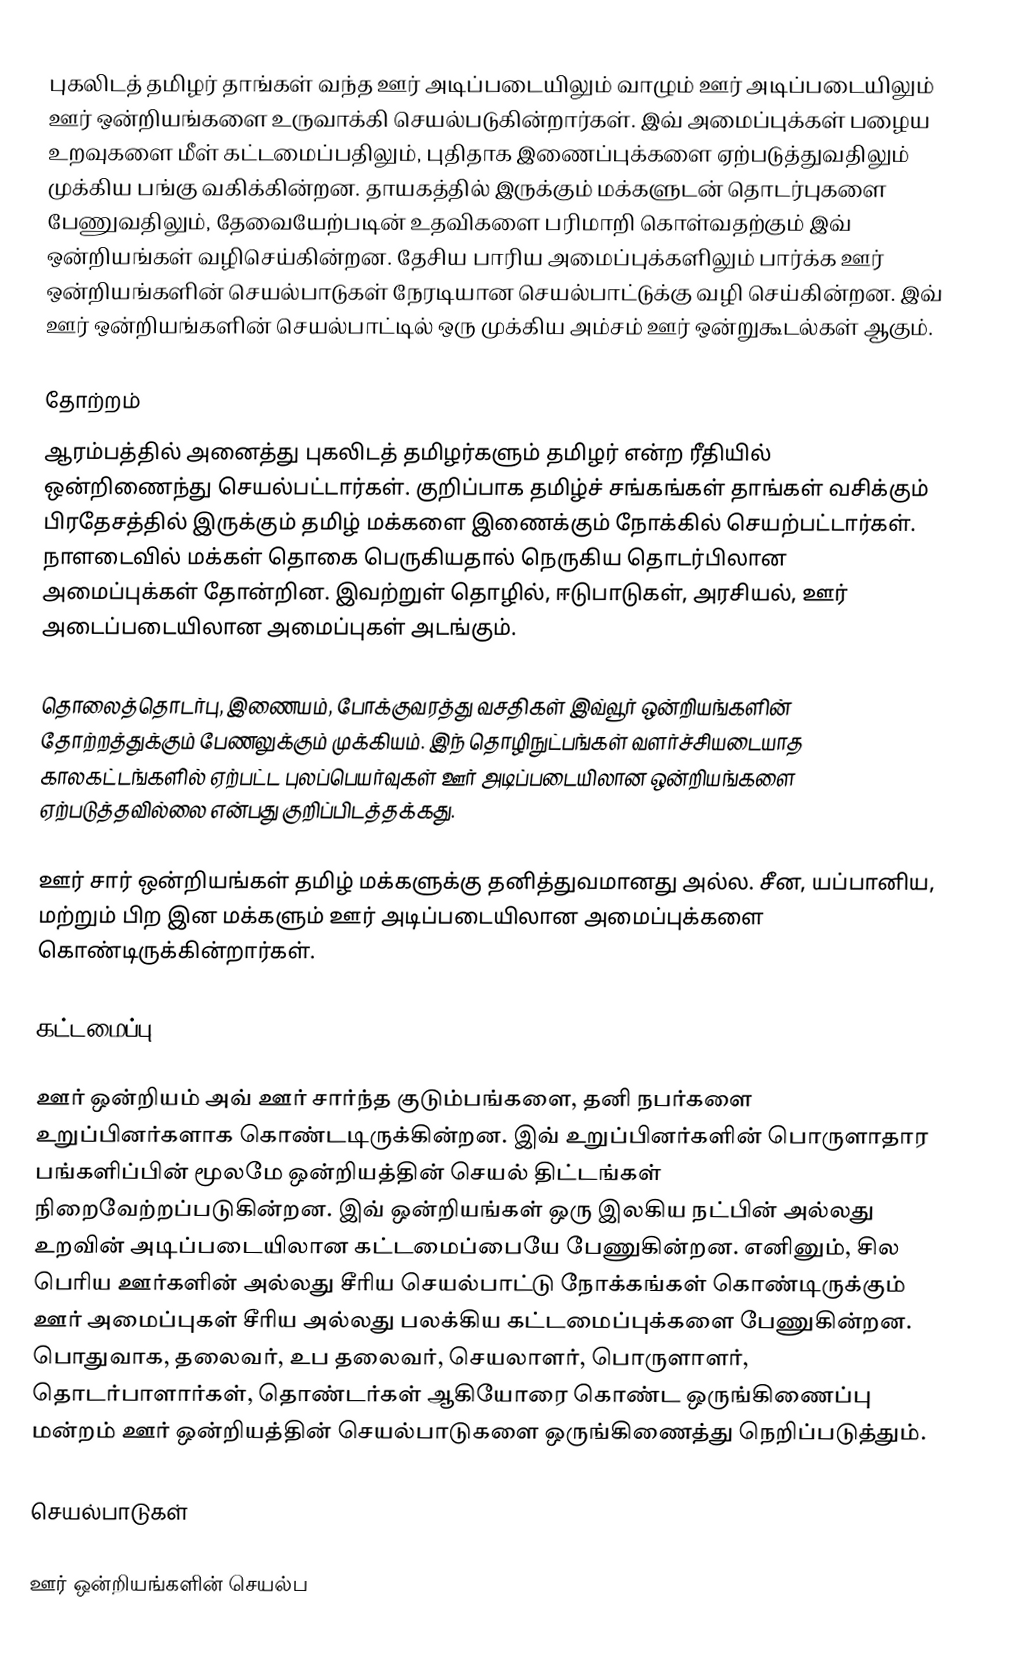
புகலிடத் தமிழர் தாங்கள் வந்த ஊர் அடிப்படையிலும் வாழும் ஊர் அடிப்படையிலும் ஊர் ஒன்றியங்களை உருவாக்கி செயல்படுகின்றார்கள்.  இவ் அமைப்புக்கள் பழைய உறவுகளை மீள் கட்டமைப்பதிலும், புதிதாக இணைப்புக்களை ஏற்படுத்துவதிலும் முக்கிய பங்கு வகிக்கின்றன.  தாயகத்தில் இருக்கும் மக்களுடன் தொடர்புகளை பேணுவதிலும், தேவையேற்படின் உதவிகளை பரிமாறி கொள்வதற்கும் இவ் ஒன்றியங்கள் வழிசெய்கின்றன.  தேசிய பாரிய அமைப்புக்களிலும் பார்க்க ஊர் ஒன்றியங்களின் செயல்பாடுகள் நேரடியான செயல்பாட்டுக்கு வழி செய்கின்றன.  இவ் ஊர் ஒன்றியங்களின் செயல்பாட்டில் ஒரு முக்கிய அம்சம் ஊர் ஒன்றுகூடல்கள் ஆகும்.

தோற்றம்
ஆரம்பத்தில் அனைத்து புகலிடத் தமிழர்களும் தமிழர் என்ற ரீதியில் ஒன்றிணைந்து செயல்பட்டார்கள்.  குறிப்பாக தமிழ்ச் சங்கங்கள் தாங்கள் வசிக்கும் பிரதேசத்தில் இருக்கும் தமிழ் மக்களை இணைக்கும் நோக்கில் செயற்பட்டார்கள்.  நாளடைவில் மக்கள் தொகை பெருகியதால் நெருகிய தொடர்பிலான அமைப்புக்கள் தோன்றின.  இவற்றுள் தொழில், ஈடுபாடுகள், அரசியல், ஊர் அடைப்படையிலான அமைப்புகள் அடங்கும்.

தொலைத்தொடர்பு, இணையம், போக்குவரத்து வசதிகள் இவ்வூர் ஒன்றியங்களின் தோற்றத்துக்கும் பேணலுக்கும் முக்கியம்.  இந் தொழிநுட்பங்கள் வளர்ச்சியடையாத காலகட்டங்களில் ஏற்பட்ட புலப்பெயர்வுகள் ஊர் அடிப்படையிலான ஒன்றியங்களை ஏற்படுத்தவில்லை என்பது குறிப்பிடத்தக்கது.

ஊர் சார் ஒன்றியங்கள் தமிழ் மக்களுக்கு தனித்துவமானது அல்ல.  சீன, யப்பானிய, மற்றும் பிற இன மக்களும் ஊர் அடிப்படையிலான அமைப்புக்களை கொண்டிருக்கின்றார்கள்.

கட்டமைப்பு

ஊர் ஒன்றியம் அவ் ஊர் சார்ந்த குடும்பங்களை, தனி நபர்களை உறுப்பினர்களாக கொண்டடிருக்கின்றன.  இவ் உறுப்பினர்களின் பொருளாதார பங்களிப்பின் மூலமே ஒன்றியத்தின் செயல் திட்டங்கள் நிறைவேற்றப்படுகின்றன.  இவ் ஒன்றியங்கள் ஒரு இலகிய நட்பின் அல்லது உறவின் அடிப்படையிலான கட்டமைப்பையே பேணுகின்றன.  எனினும், சில பெரிய ஊர்களின் அல்லது சீரிய செயல்பாட்டு நோக்கங்கள் கொண்டிருக்கும் ஊர் அமைப்புகள் சீரிய அல்லது பலக்கிய கட்டமைப்புக்களை பேணுகின்றன.  பொதுவாக, தலைவர், உப தலைவர், செயலாளர், பொருளாளர், தொடர்பாளார்கள், தொண்டர்கள் ஆகியோரை கொண்ட ஒருங்கிணைப்பு மன்றம் ஊர் ஒன்றியத்தின் செயல்பாடுகளை ஒருங்கிணைத்து நெறிப்படுத்தும்.

செயல்பாடுகள்

ஊர் ஒன்றியங்களின் செயல்ப